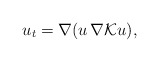
\begin{align*}u_t=\nabla (u\, \nabla {\mathcal K} u),\end{align*}